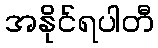
အနိုင်ရပါတီ